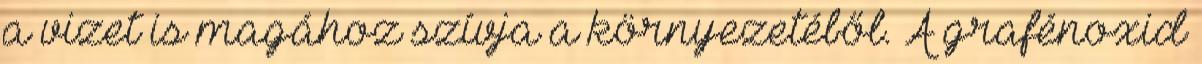
a vizet is magához szívja a környezetéből. A grafénoxid